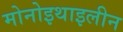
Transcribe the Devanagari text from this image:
मोनोइथाइलीन